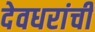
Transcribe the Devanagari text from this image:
देवधरांची